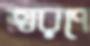
ত্বরণে